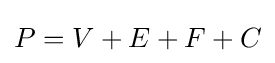
P=V+E+F+C\,\!